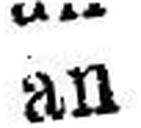
an